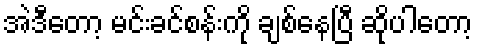
အဲဒီတော့ မင်းခင်စန်းကို ချစ်နေပြီ ဆိုပါတော့